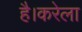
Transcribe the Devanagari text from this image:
है।करेला